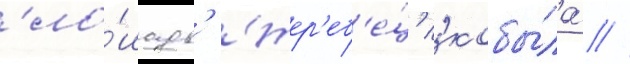
'ло́шадь' 'жер'еб'е́ц' 'кобы́ла' //